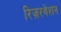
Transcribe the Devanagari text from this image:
रिज़रवेशन